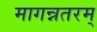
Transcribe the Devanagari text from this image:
मागन्नतरम्